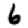
Digit: 6